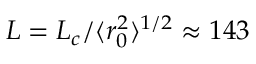
L = L _ { c } / \langle r _ { 0 } ^ { 2 } \rangle ^ { 1 / 2 } \approx 1 4 3